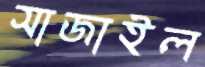
সাজাইল